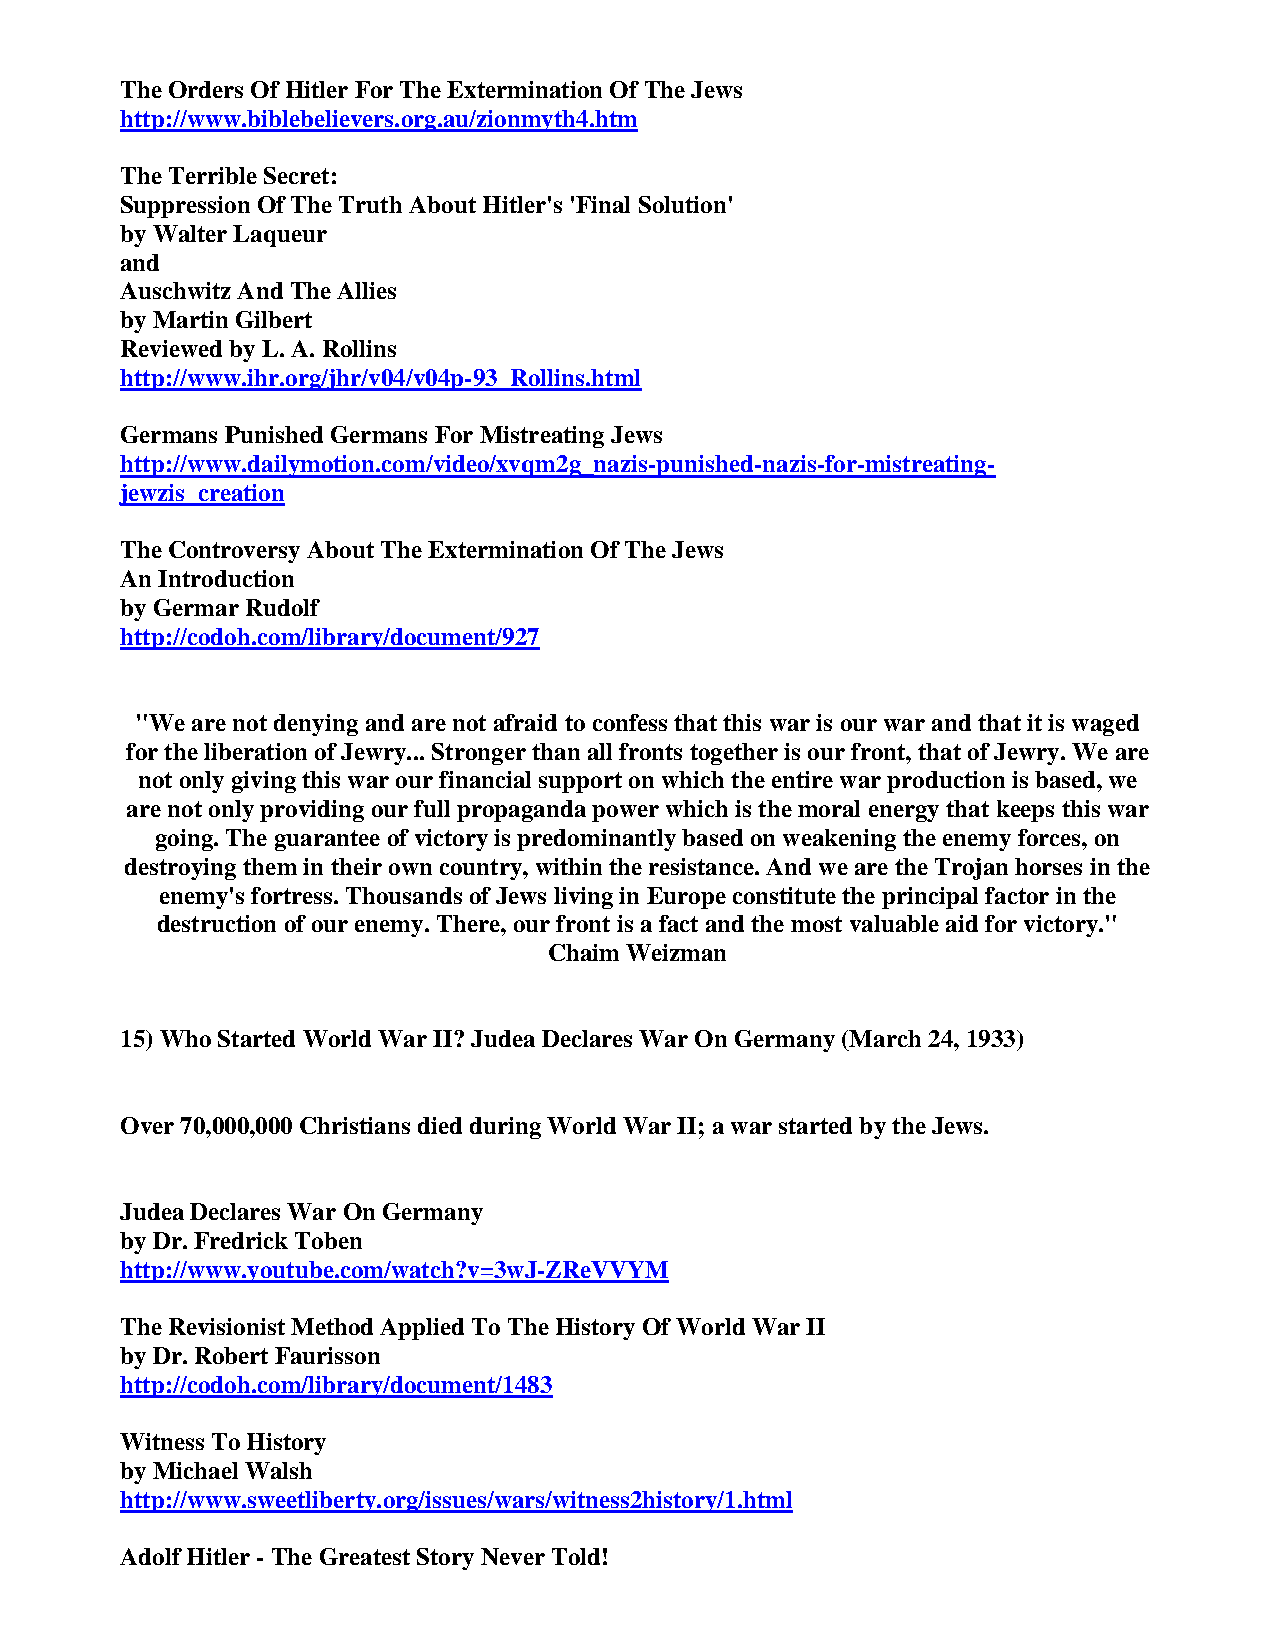
The Orders Of Hitler For The Extermination Of The Jews
 http://www.biblebelievers.org.au/zionmyth4.htm
 The Terrible Secret:
 Suppression Of The Truth About Hitler's 'Final Solution'
 by Walter Laqueur
 and
 Auschwitz And The Allies
 by Martin Gilbert
 Reviewed by L. A. Rollins
 http://www.ihr.org/jhr/v04/v04p-93_Rollins.html
 Germans Punished Germans For Mistreating Jews
 http://www.dailymotion.com/video/xvqm2g_nazis-punished-nazis-for-mistreating-
 jewzis_creation
 The Controversy About The Extermination Of The Jews
 An Introduction
 by Germar Rudolf
 http://codoh.com/library/document/927
 "We are not denying and are not afraid to confess that this war is our war and that it is waged
 for the liberation of Jewry... Stronger than all fronts together is our front, that of Jewry. We are
 not only giving this war our financial support on which the entire war production is based, we
 are not only providing our full propaganda power which is the moral energy that keeps this war
 going. The guarantee of victory is predominantly based on weakening the enemy forces, on
 destroying them in their own country, within the resistance. And we are the Trojan horses in the
 enemy's fortress. Thousands of Jews living in Europe constitute the principal factor in the
 destruction of our enemy. There, our front is a fact and the most valuable aid for victory."
 Chaim Weizman
 15) Who Started World War II? Judea Declares War On Germany (March 24, 1933)
 Over 70,000,000 Christians died during World War II; a war started by the Jews.
 Judea Declares War On Germany
 by Dr. Fredrick Toben
 http://www.youtube.com/watch?v=3wJ-ZReVVYM
 The Revisionist Method Applied To The History Of World War II
 by Dr. Robert Faurisson
 http://codoh.com/library/document/1483
 Witness To History
 by Michael Walsh
 http://www.sweetliberty.org/issues/wars/witness2history/1.html
 Adolf Hitler - The Greatest Story Never Told!